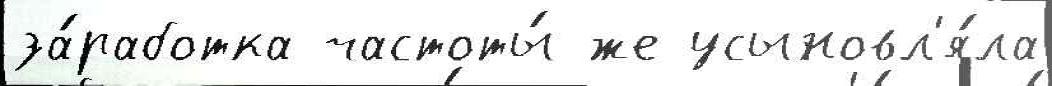
за́работка частоты́ же усыновл'я́ла